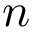
n